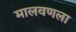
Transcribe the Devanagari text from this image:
मालवणला